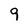
Character: 9